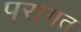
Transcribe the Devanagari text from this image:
परागत